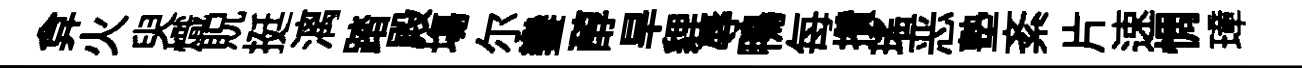
弇火臾熾貺挺漓踏殿塲尓鑾醇旱貍辱鴨每攢瑤恶塾紊片速惆璋